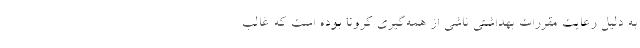
به دلیل رعایت مقررات بهداشتی ناشی از همه‌گیری کرونا بوده است که غالب